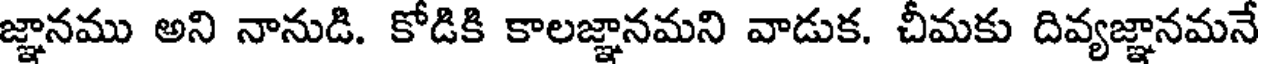
జ్ఞానము అని నానుడి. కోడికి కాలజ్ఞానమని వాడుక. చీమకు దివ్యజ్ఞానమనే